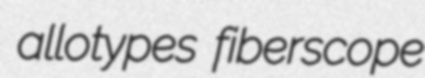
allotypes fiberscope